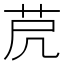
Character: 𦭀